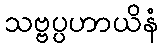
သဗ္ဗပ္ပဟာယိနံ